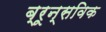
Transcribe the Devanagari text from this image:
ब्रून्सविक